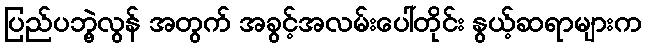
ပြည်ပဘွဲ့လွန် အတွက် အခွင့်အလမ်းပေါ်တိုင်း နွယ့်ဆရာများက